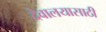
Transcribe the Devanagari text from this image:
देवालयासाठी